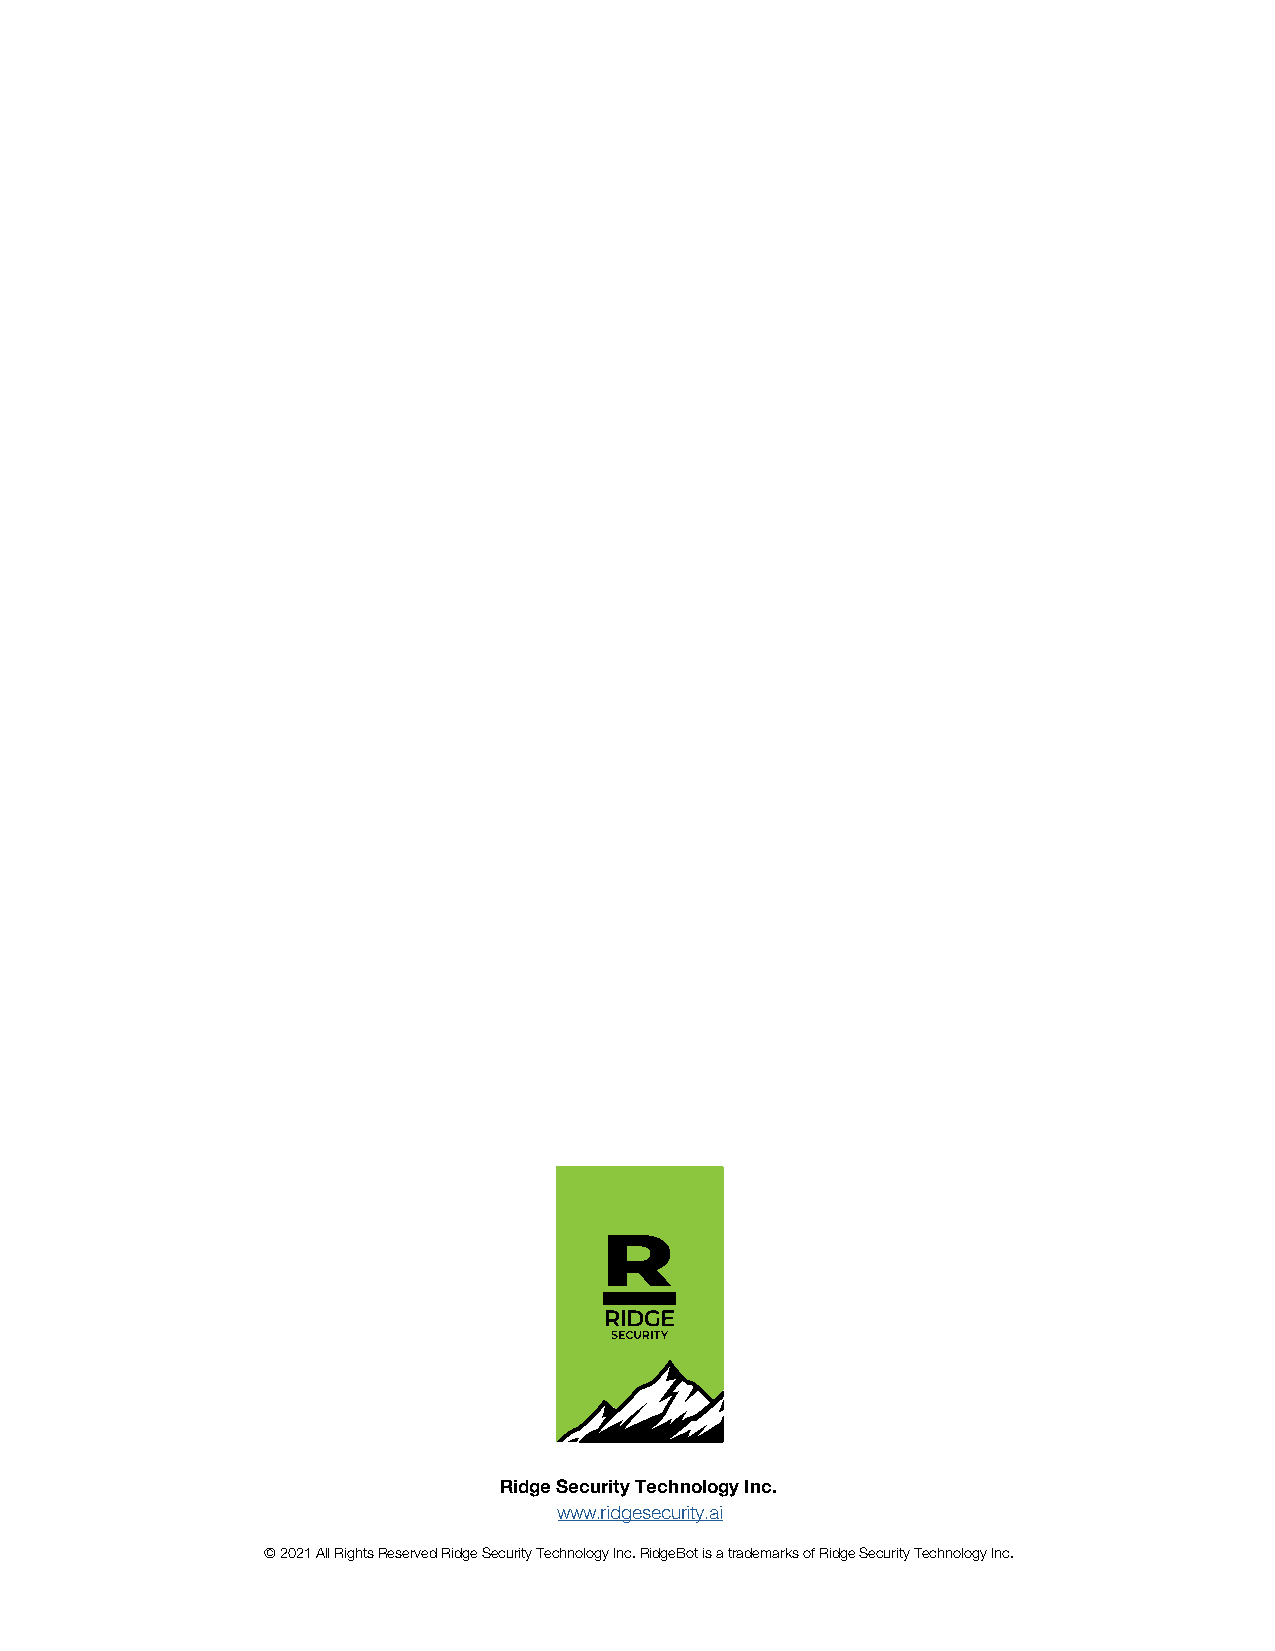
Ridge Security Technology Inc.
 www.ridgesecurity.ai
 © 2021 All Rights Reserved Ridge Security Technology Inc. RidgeBot is a trademarks of Ridge Security Technology Inc.
 ©© 22002201 RRiiddggee SSeeccuurritiyty T Teecchhnnoololgoyg yIn Icn c w wwww.w R. iRdgidegseesceucrituyr.iatyi.ai GDPR and WOoWrldAwSiPd eT oDpa t1a0 P Criovmacpyli aCnocme pwliiathn cRei dWgheiBteo tP®a3p.8er 2193